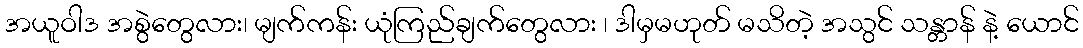
အယူဝါဒ အစွဲတွေလား၊ မျက်ကန်း ယုံကြည်ချက်တွေလား ၊ ဒါမှမဟုတ် မသိတဲ့ အသွင် သန္တာန် နဲ့ ယောင်